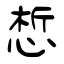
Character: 惁